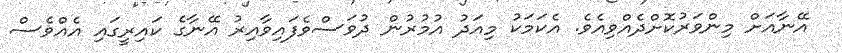
އޭނާއަށް މިންވަރުކޮށްދެއްވިއެވެ. އެކަމަކު މިއަދު އުމުރުން ދުވަސްވެފައިވާއިރު އޭނާގެ ކައިރީގައި އެއްވެސް